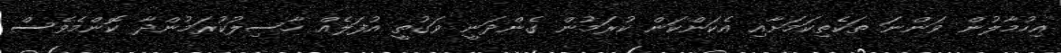
އިހުމާލުން ވަންނަ ތަކެތިކަމަށާއި އެކަންކަން ކުރަމުން ގެންދަނީ ވަގުތީ އުފަލެއް ހާސިލުކުރަމުންދާ ކޮންމެވެސް